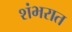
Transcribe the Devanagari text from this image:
शंभरात